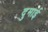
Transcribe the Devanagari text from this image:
दुमाई